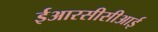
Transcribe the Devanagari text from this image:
ईआरसीसीआई